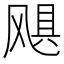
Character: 飓